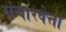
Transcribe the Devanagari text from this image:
संचारवेत्ता